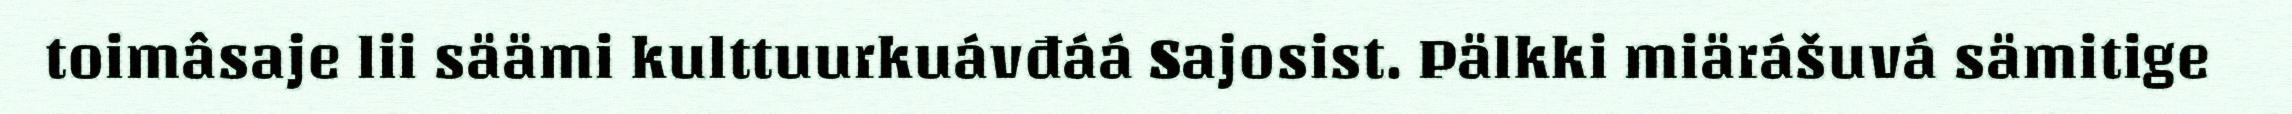
toimâsaje lii säämi kulttuurkuávđáá Sajosist. Pälkki miärášuvá sämitige